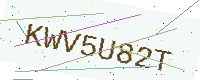
Text: KWV5U82T